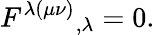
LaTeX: F^{\lambda(\mu\nu)}{}_{,\lambda}=0.